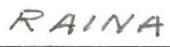
RAINA